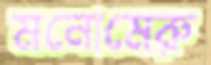
মনোমেরু